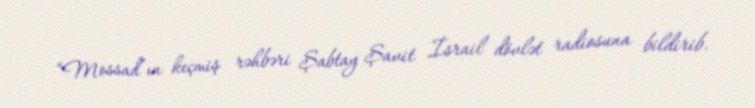
“Mossad”ın keçmiş rəhbəri Şabtay Şavit İsrail dövlət radiosuna bildirib.